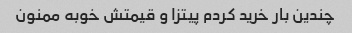
چندین بار خرید کردم پیتزا و قیمتش خوبه ممنون